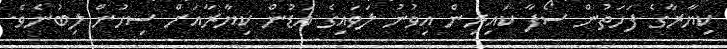
ކިޔާރާގެ ފަހަތުން ސޯފާ ކައިރިން އިވުނު ލަވައިގެ އަޑުން ކިޔާރާއަށް ސިހުން ލިބުނެވެ.